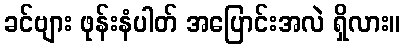
ခင်ဗျား ဖုန်းနံပါတ် အပြောင်းအလဲ ရှိလား။